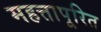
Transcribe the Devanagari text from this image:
महत्तापूरित